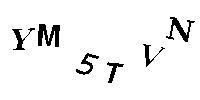
YM5TVN